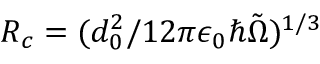
R _ { c } = ( d _ { 0 } ^ { 2 } / 1 2 \pi \epsilon _ { 0 } \hbar \tilde { \Omega } ) ^ { 1 / 3 }